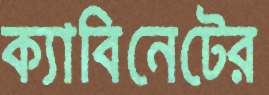
ক্যাবিনেটের